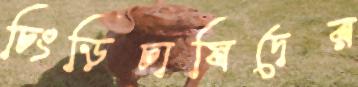
চিংড়িচাষিদের